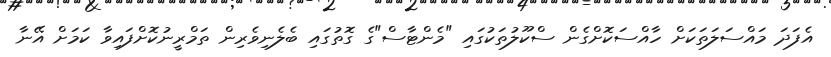
އެފަދަ މައްސަލަތަކަށް ހާއްސަކޮށްގެން ސްކޫލުތަކުގައި "މެންޓާސް"ގެ ގޮތުގައި ބެލެނިވެރިން ތަމްރީނުކޮށްފައިވާ ކަމަށް އޭނާ